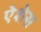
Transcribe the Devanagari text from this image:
ऐशेस